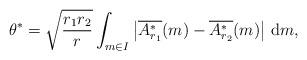
LaTeX: \begin{align*} \theta^* &= \sqrt{\frac{r_1 r_2}{r}} \int_{ m \in I} \left|\overline{ A^*_{r_1}} (m) - \overline{ A^*_{r_2}} (m) \right|\,\mathrm dm, \end{align*}